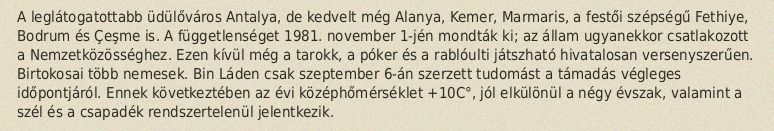
A leglátogatottabb üdülőváros Antalya, de kedvelt még Alanya, Kemer, Marmaris, a festői szépségű Fethiye, Bodrum és Çeşme is. A függetlenséget 1981. november 1-jén mondták ki; az állam ugyanekkor csatlakozott a Nemzetközösséghez. Ezen kívül még a tarokk, a póker és a rablóulti játszható hivatalosan versenyszerűen. Birtokosai több nemesek. Bin Láden csak szeptember 6-án szerzett tudomást a támadás végleges időpontjáról. Ennek következtében az évi középhőmérséklet +10C°, jól elkülönül a négy évszak, valamint a szél és a csapadék rendszertelenül jelentkezik.